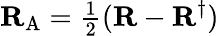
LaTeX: {\mathbf{R}}_{\mathrm{A}}={\textstyle\frac{1}{2}}({\mathbf{R}}-{\mathbf{R}}^{\dagger})